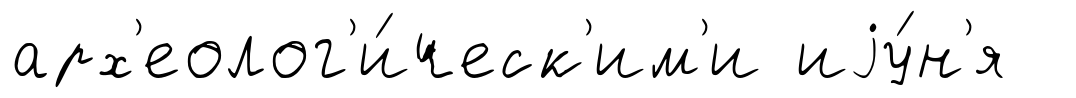
арх'еолог'и́ческ'им'и иjу́н'я